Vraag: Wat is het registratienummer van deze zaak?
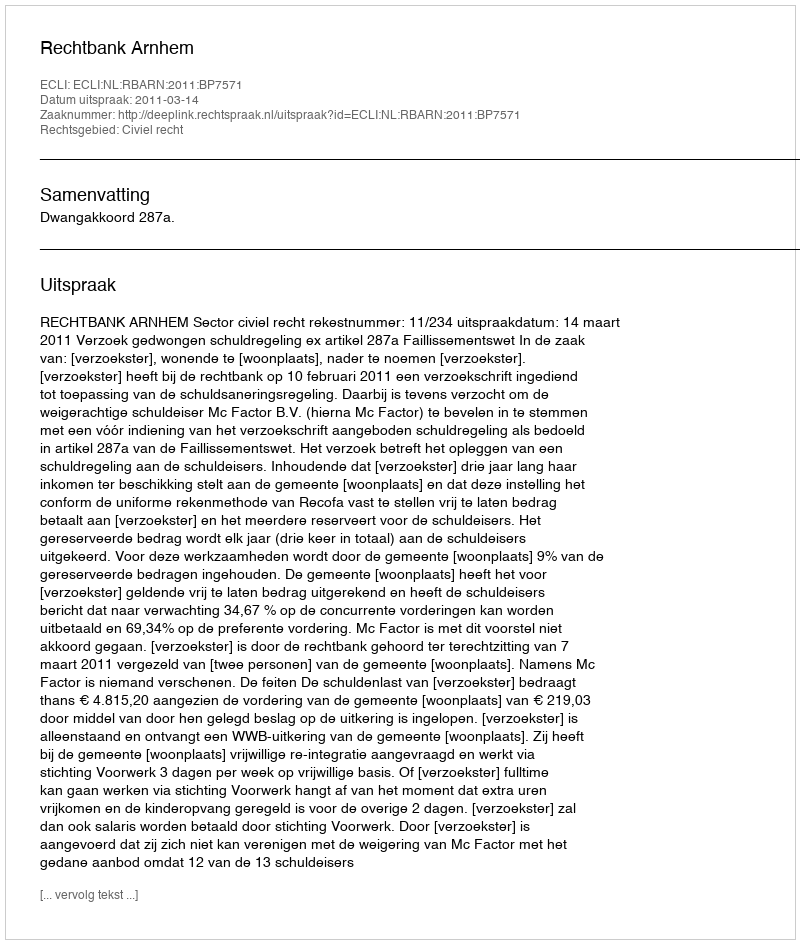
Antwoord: http://deeplink.rechtspraak.nl/uitspraak?id=ECLI:NL:RBARN:2011:BP7571